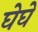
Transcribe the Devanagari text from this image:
घेघे